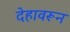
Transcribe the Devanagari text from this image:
देहावरून